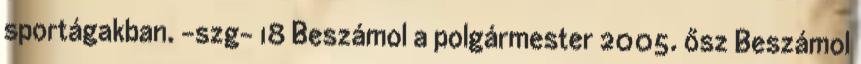
sportágakban. -szg- 18 Beszámol a polgármester 2005. ősz Beszámol